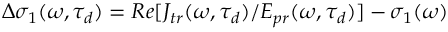
\begin{array} { r } { \Delta \sigma _ { 1 } ( \omega , \tau _ { d } ) = R e [ J _ { t r } ( \omega , \tau _ { d } ) / E _ { p r } ( \omega , \tau _ { d } ) ] - \sigma _ { 1 } ( \omega ) } \end{array}